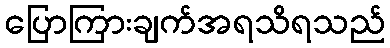
ပြောကြားချက်အရသိရသည်